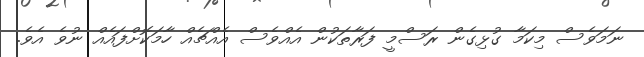
ނަމަވެސް މިކަމާ ގުޅިގެން ރަސްމީ ފަރާތަކުން އެއްވެސް އެއްޗެއް ހާމަކޮށްފައެއް ނުވެ އެވެ.